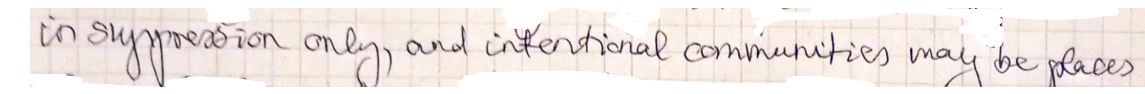
in suppression only, and international communities may be places